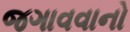
જગાવવાનો